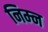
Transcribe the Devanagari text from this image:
निम्‍न